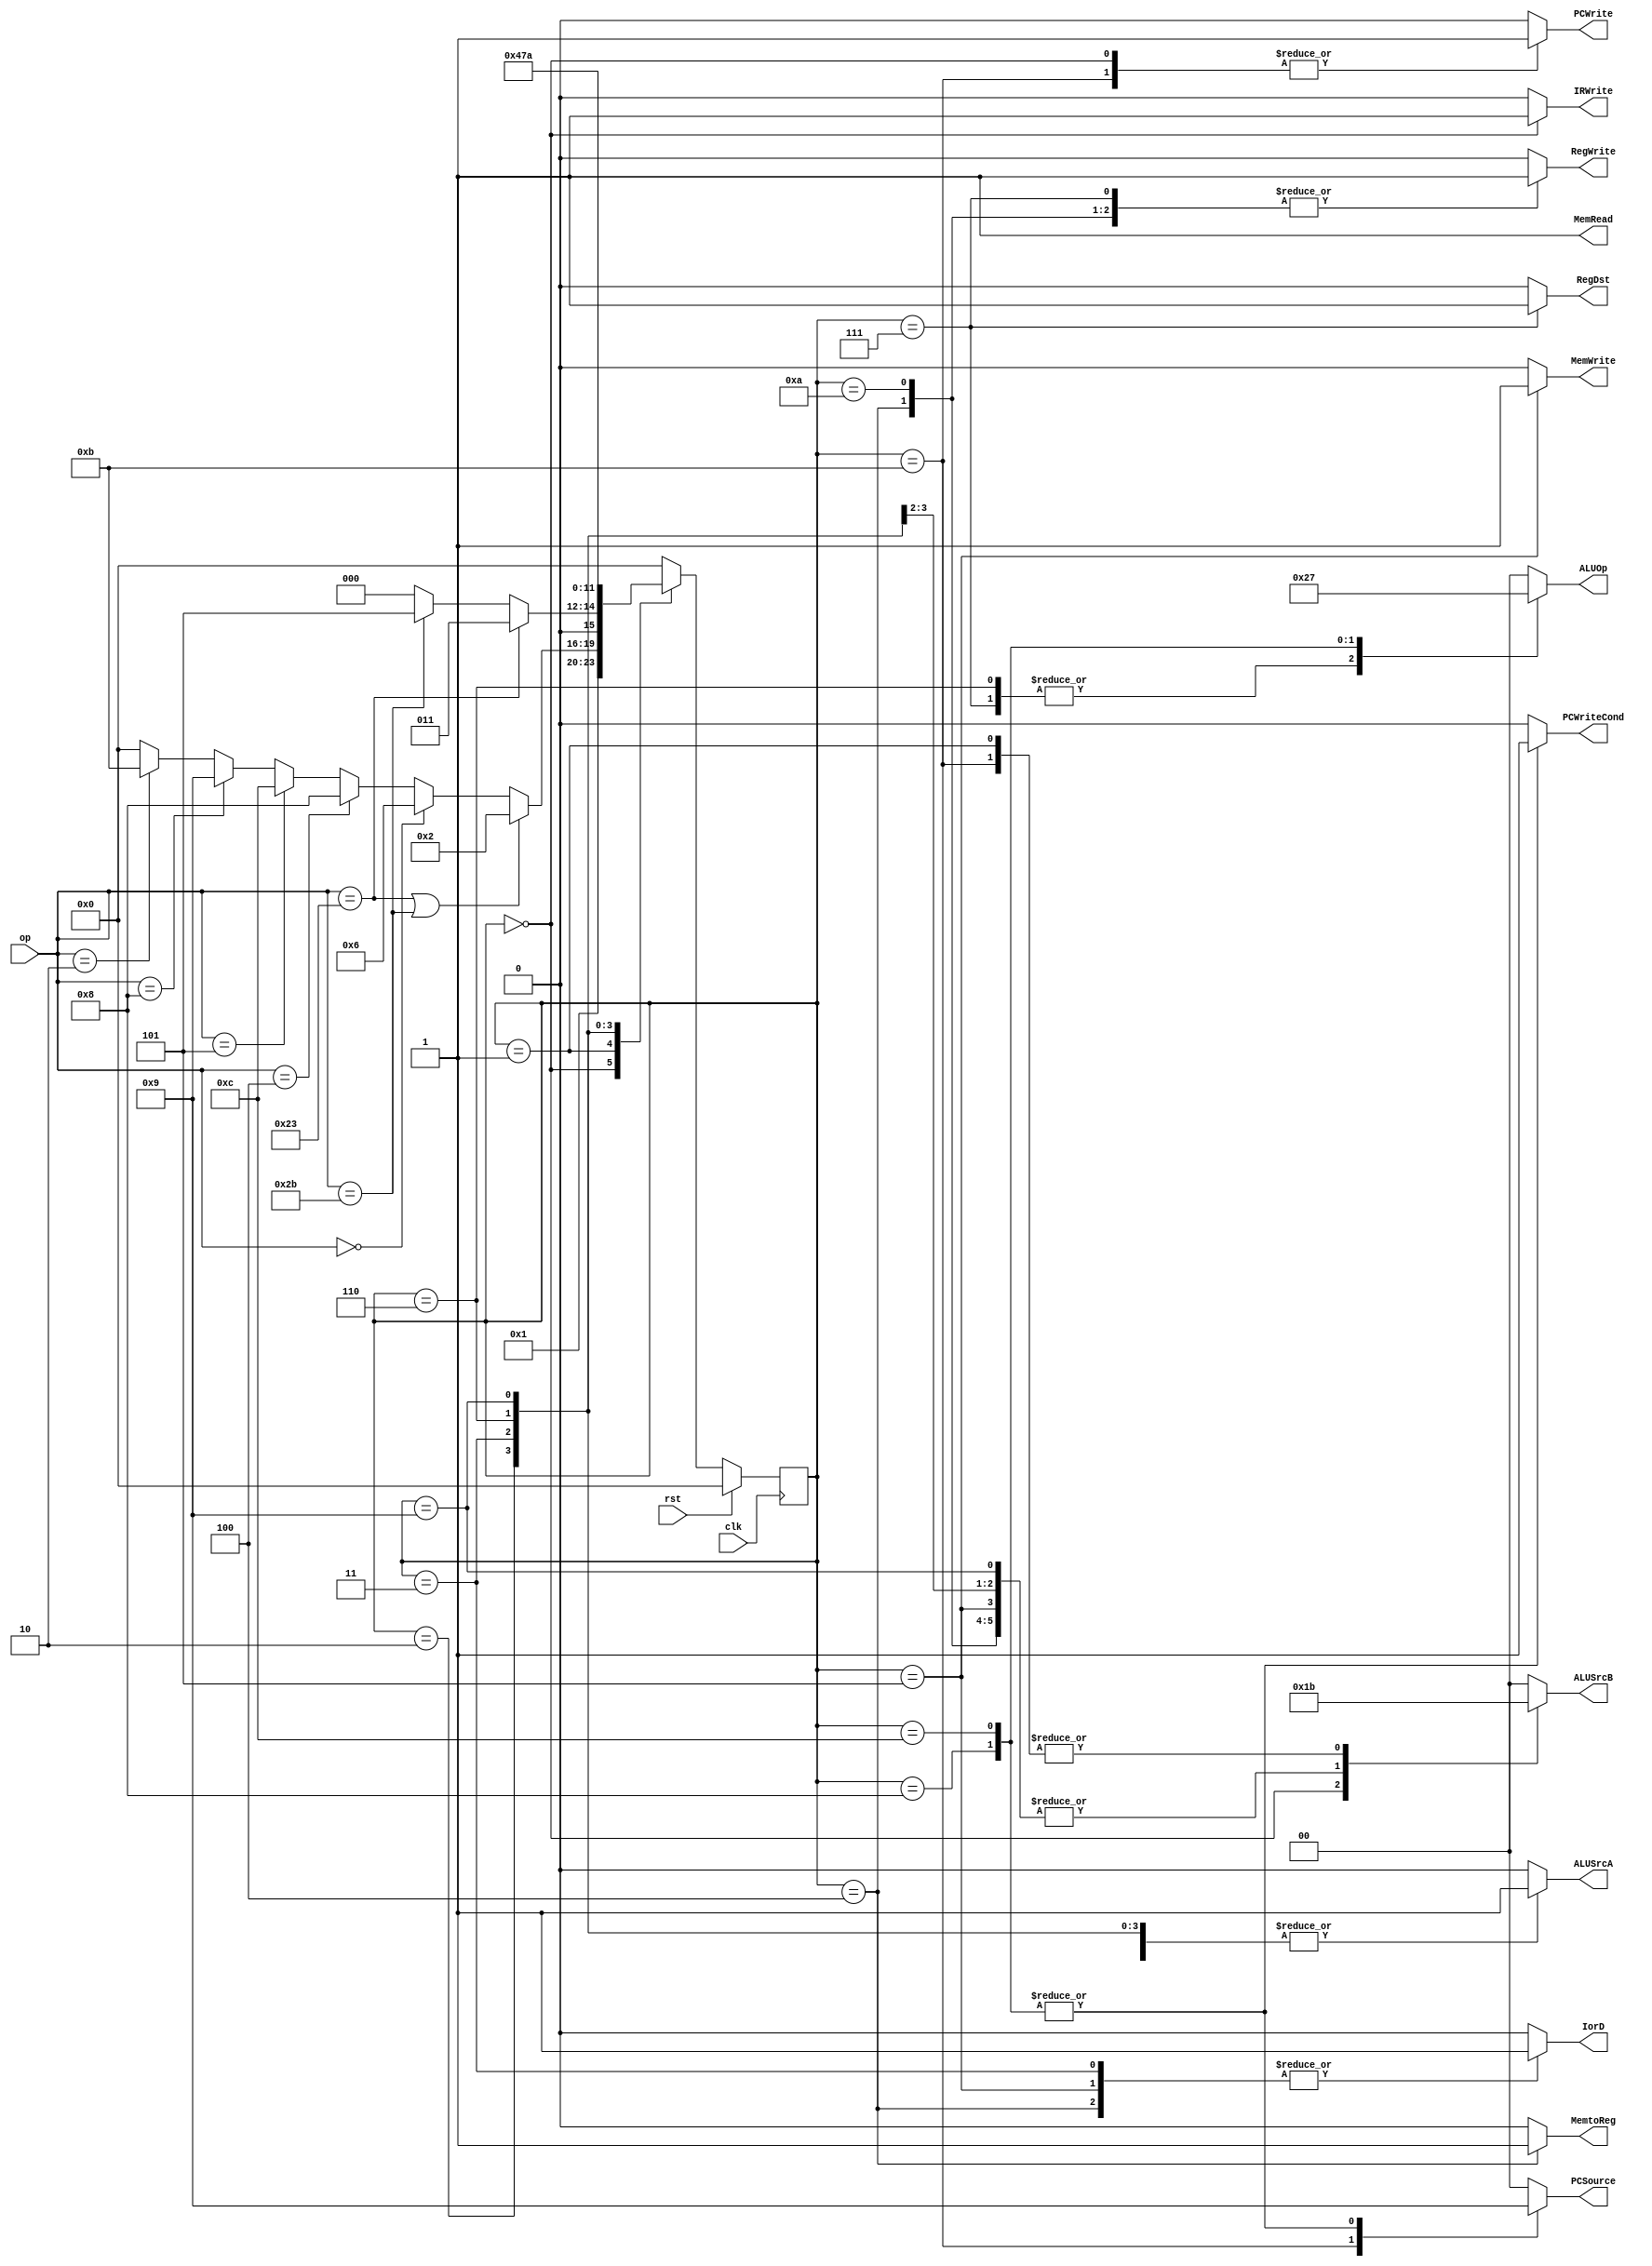
`timescale 1ns / 1ps
//////////////////////////////////////////////////////////////////////////////////
// Company: 
// Engineer: 
// 
// Design Name: 
// Module Name: control
// Project Name: 
// Target Devices: 
// Tool Versions: 
// Description: 
// 
// Dependencies: 
// 
// Revision:
// Revision 0.01 - File Created
// Additional Comments:
// 
//////////////////////////////////////////////////////////////////////////////////


module control(input  [5:0] 	op,
               input  		rst,
               input			clk,
                
               output reg PCWriteCond,
               output reg PCWrite,IorD,MemRead,MemWrite,MemtoReg,IRWrite,RegWrite,RegDst,ALUSrcA,
               output reg [1:0]  PCSource, ALUSrcB,
               output reg [1:0]  ALUOp
    );
    
    reg[4-1:0]state, nextState;
    
    
    
    parameter fetch = 4'd0;
    parameter decode = 4'd1;
    parameter memAdr = 4'd2;
    parameter memRead = 4'd3;
    parameter memWriteback = 4'd4;
    parameter memWrite = 4'd5;
    parameter execute = 4'd6;
    parameter aluWriteback = 4'd7;
    parameter branch = 4'd8;
    parameter addiExecute = 4'd9;
    parameter addiWriteback = 4'd10;
    parameter jump = 4'd11;
    parameter branch_2 = 4'd12;
    
    parameter sw = 6'b101011;
    parameter lw = 6'b100011;
    parameter beq = 6'b000100;
    parameter bne = 6'b000101;
    parameter addi = 6'b001000;
    parameter j = 6'b000010;
    parameter r = 6'b000000;
    
    initial begin
    state <= fetch;
    end
    
    //creo la maquina de estados
    always@(posedge clk)
    if (rst)
    state <= 4'd0;
    else
    state <= nextState;
    
    //defino los estados
    always@*
        
    case(state)
    fetch: // IRWrite MemWrite MemRead PCWrite PCWriteCond  RegWrite 
        begin //IorD  MemtoReg RegWrite  RegDst ALUSrcA ALUSrcB ALUOp
        RegWrite=0;
        MemtoReg = 0;
        RegDst = 0;
        IorD = 0;
        ALUSrcA = 0;
        ALUSrcB = 2'b01;
        ALUOp = 2'b00;
        PCSource = 2'b00;
        IRWrite = 1;
        PCWrite = 1;
        MemRead = 1;
        MemWrite = 0;
        PCWriteCond = 0;
        nextState = decode;
        end
        
    decode: // IRWrite MemWrite MemRead PCWrite PCWriteCond  RegWrite 
    //IorD  MemtoReg RegWrite  RegDst ALUSrcA ALUSrcB ALUOp
        begin
        IorD = 0;
        MemtoReg = 0;
        RegDst = 0;
        IRWrite = 0;
        PCSource = 2'b00;
        RegWrite=0;
        MemRead = 1;
        MemWrite = 0;
        PCWriteCond = 0;
        PCWrite = 0;
        ALUSrcA = 0;
        ALUSrcB = 2'b11;
        ALUOp = 2'b00;
        if((op == lw)|(op == sw))
            nextState = memAdr;
        else if (op == r)
            nextState = execute;
        else if (op == beq)
            nextState = branch;
        else if (op == bne)
            nextState = branch_2;
        else if (op == addi)
            nextState = addiExecute;
        else if (op == j)
            nextState = jump;
        else
            nextState = fetch;
        end
        
    memAdr: // IRWrite MemWrite MemRead PCWrite PCWriteCond  RegWrite 
    //IorD  MemtoReg RegWrite  RegDst ALUSrcA ALUSrcB ALUOp
        begin
        IorD = 0;
        MemtoReg = 0;
        RegDst = 0;
        RegWrite=0;
        PCSource = 2'b00;
        IRWrite = 0;
        MemWrite = 0;
        MemRead = 1;
        ALUSrcA = 1;
        PCWrite = 0;
        PCWriteCond = 0;
        ALUSrcB = 2'b10;
        ALUOp = 2'b00;
        if(op == lw)
            nextState = memRead;
        else if (op == sw)
            nextState = memWrite;
        else 
            nextState = fetch;
        end
   
   memRead: // IRWrite MemWrite MemRead PCWrite PCWriteCond  RegWrite 
        begin
        MemtoReg = 0;
        IRWrite = 0;
        ALUOp = 2'b00;
        PCSource = 2'b00;
        ALUSrcB = 2'b10;
        ALUSrcA = 1;
        RegDst = 0;
        RegWrite=0;
        MemRead = 1;
        MemWrite = 0;
        PCWriteCond = 0;
        PCWrite = 0;
        IorD = 1;
        nextState = memWriteback;
        end
        
    memWriteback: // IRWrite MemWrite MemRead PCWrite PCWriteCond  RegWrite 
        begin
        IorD = 1;
        MemWrite = 0;
        MemRead = 1;
        PCSource = 2'b00;
        ALUOp = 2'b00;
        ALUSrcB = 2'b10;
        ALUSrcA = 1;
        IRWrite = 0;
        PCWrite = 0;
        PCWriteCond = 0;
        RegDst = 0;
        //IorD = 0;
        MemtoReg = 1;
        RegWrite = 1;
        nextState = fetch;
        end
        
    memWrite: // IRWrite MemWrite MemRead PCWrite PCWriteCond  RegWrite
        begin
        IRWrite = 0;
        MemtoReg = 0;
        RegDst = 0;
        ALUOp = 2'b00;
        PCSource = 2'b00;
        ALUSrcB = 2'b10;
        ALUSrcA = 1;
        PCWrite = 0;
        RegWrite=0;
        MemRead = 1;
        PCWriteCond = 0;
        IorD = 1;
        MemWrite = 1;
        nextState = fetch;
        end


    execute: // IRWrite MemWrite MemRead PCWrite PCWriteCond  RegWrite
        begin
        IRWrite = 0;
        MemRead = 1;
        IorD = 0;
        MemtoReg = 0;
        RegWrite=0;
        RegDst = 0;
        PCSource = 2'b00;
        MemWrite = 0;
        PCWrite = 0;
        PCWriteCond = 0;
        ALUSrcA =1;
        ALUSrcB = 2'b00;
        ALUOp = 2'b10;
        nextState = aluWriteback;
        end
        
 
     aluWriteback: // IRWrite MemWrite MemRead PCWrite PCWriteCond  RegWrite
        begin
        IRWrite = 0;
        MemWrite = 0;
        IorD = 0;
        ALUSrcA =1;
        ALUSrcB = 2'b00;
        PCSource = 2'b00;
        ALUOp = 2'b10;
        MemRead = 1;
        MemtoReg = 0;
        PCWrite = 0;
        PCWriteCond = 0;
        RegDst = 1;
        RegWrite = 1;
        nextState = fetch;
        end
        
    branch: // IRWrite MemWrite MemRead PCWrite PCWriteCond  RegWrite
        begin
        IRWrite = 0;
        MemtoReg = 0;
        MemWrite = 0;
        RegDst = 0;
        PCWrite = 0;
        IorD = 0;
        MemRead = 1;
        RegWrite=0;
        ALUSrcA = 1;
        ALUSrcB = 2'b00;
        ALUOp = 2'b01;
        PCSource = 2'b01;
        PCWriteCond = 1;
        nextState = fetch;
        end
       
        
    addiExecute: // IRWrite MemWrite MemRead PCWrite PCWriteCond  RegWrite
        begin
        IRWrite = 0;
        IorD = 0;
        MemWrite = 0;
        MemtoReg = 0;
        PCSource = 2'b00;
        MemRead = 1;
        RegDst = 0;
        PCWrite = 0;
        RegWrite=0;
        PCWriteCond = 0;
        ALUSrcA = 1;
        ALUSrcB = 2'b10;
        ALUOp = 2'b00;
        nextState = addiWriteback;
        end
                
        
     addiWriteback: // IRWrite MemWrite MemRead PCWrite PCWriteCond  RegWrite
        begin
        MemRead = 1;
        MemWrite = 0;
        ALUSrcA = 1;
        PCSource = 2'b00;
        ALUSrcB = 2'b10;
        ALUOp = 2'b00;
        IorD = 0;
        IRWrite = 0;
        PCWrite = 0;
        PCWriteCond = 0;
        RegDst = 0;
        MemtoReg = 0;
        RegWrite = 1;
        nextState = fetch;
        end
        
     jump:  // IRWrite MemWrite MemRead PCWrite PCWriteCond  RegWrite
        begin
        IRWrite = 0;
        MemRead = 1;
        IorD = 0;
        RegWrite=0;
        ALUSrcA = 0;
        ALUSrcB = 2'b11;
        ALUOp = 2'b00;
        RegDst = 0;
        MemtoReg = 0;        
        MemWrite = 0;
        PCWriteCond = 0;
        PCSource = 2'b10;
        PCWrite = 1;
        nextState = fetch;
        end
 
     branch_2: // IRWrite MemWrite MemRead PCWrite PCWriteCond  RegWrite
        begin
        IRWrite = 0;
        IorD = 0;
        MemtoReg = 0;
        MemWrite = 0;
        RegDst = 0;
        MemRead = 1;
        PCWrite = 0;
        ALUSrcA = 1;
        RegWrite=0;
        ALUSrcB = 2'b00;
        ALUOp = 2'b11;
        PCSource = 2'b01;
        PCWriteCond = 1;
        nextState = fetch;
        end
        
        
     default:
        begin
        PCWriteCond = 0;
        PCWrite=0;
        IorD=0;
        MemRead=1;
        MemWrite=0;
        MemtoReg=0;
        IRWrite=0;
        RegWrite=0;
        RegDst=0;
        ALUSrcA=0;
        PCSource=2'd0;
        ALUSrcB=2'd0;
        ALUOp=2'd0;
        nextState = fetch;
        end
        
        
    endcase

endmodule